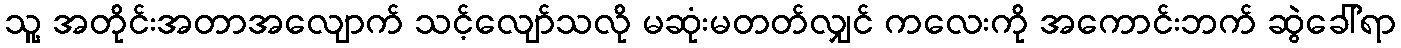
သူ့ အတိုင်းအတာအလျောက် သင့်လျော်သလို မဆုံးမတတ်လျှင် ကလေးကို အကောင်းဘက် ဆွဲခေါ်ရာ